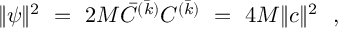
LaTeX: \| \psi \| ^ { 2 } ~ = ~ 2 M { \bar { \cal C } } ^ { ( \bar { k } ) } { \cal C } ^ { ( \bar { k } ) } ~ = ~ 4 M \| c \| ^ { 2 } \ \ ,